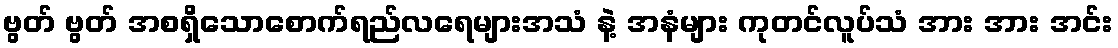
ဗွတ် ဗွတ် အစရှိသောစောက်ရည်လရေများအသံ နဲ့ အနံများ ကုတင်လူပ်သံ အား အား အင်း